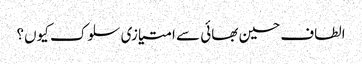
الطاف حسین بھائی سے امتیازی سلوک کیوں؟